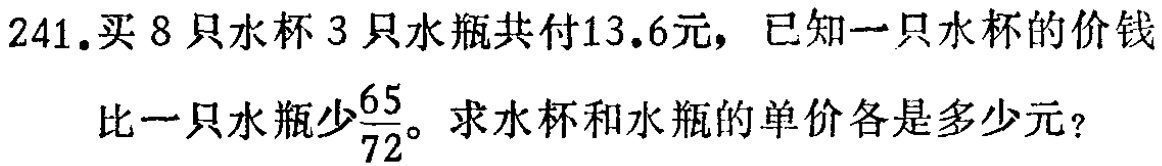
241.买8只水杯3只水瓶共付13.6元，已知一只水杯的价钱

比一只水瓶少$\frac{65}{72}$。求水杯和水瓶的单价各是多少元？